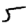
Digit: 5